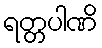
ရတ္တပါဏိ